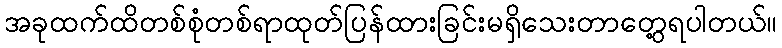
အခုထက်ထိတစ်စုံတစ်ရာထုတ်ပြန်ထားခြင်းမရှိသေးတာတွေ့ရပါတယ်။